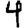
Digit: 4